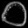
Digit: ၀